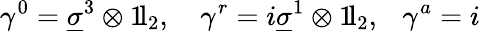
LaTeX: \gamma^{0}=\underline{{{\sigma}}}^{3}\otimes 1\! \mathrm{l}_{2},\ \ \ \ \gamma^{r}=i\underline{{{\sigma}}}^{1}\otimes 1\! \mathrm{l}_{2},\ \ \ \gamma^{a}=i